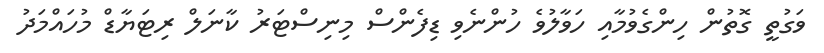
ވަގުތީ ގޮތުން ހިންގެވުމާއި ހަވާލުވެ ހުންނެވި ޑިފެންސް މިނިސްޓަރު ކާނަލް ރިޓަޔާޑް މުހައްމަދު